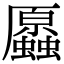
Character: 𧔞